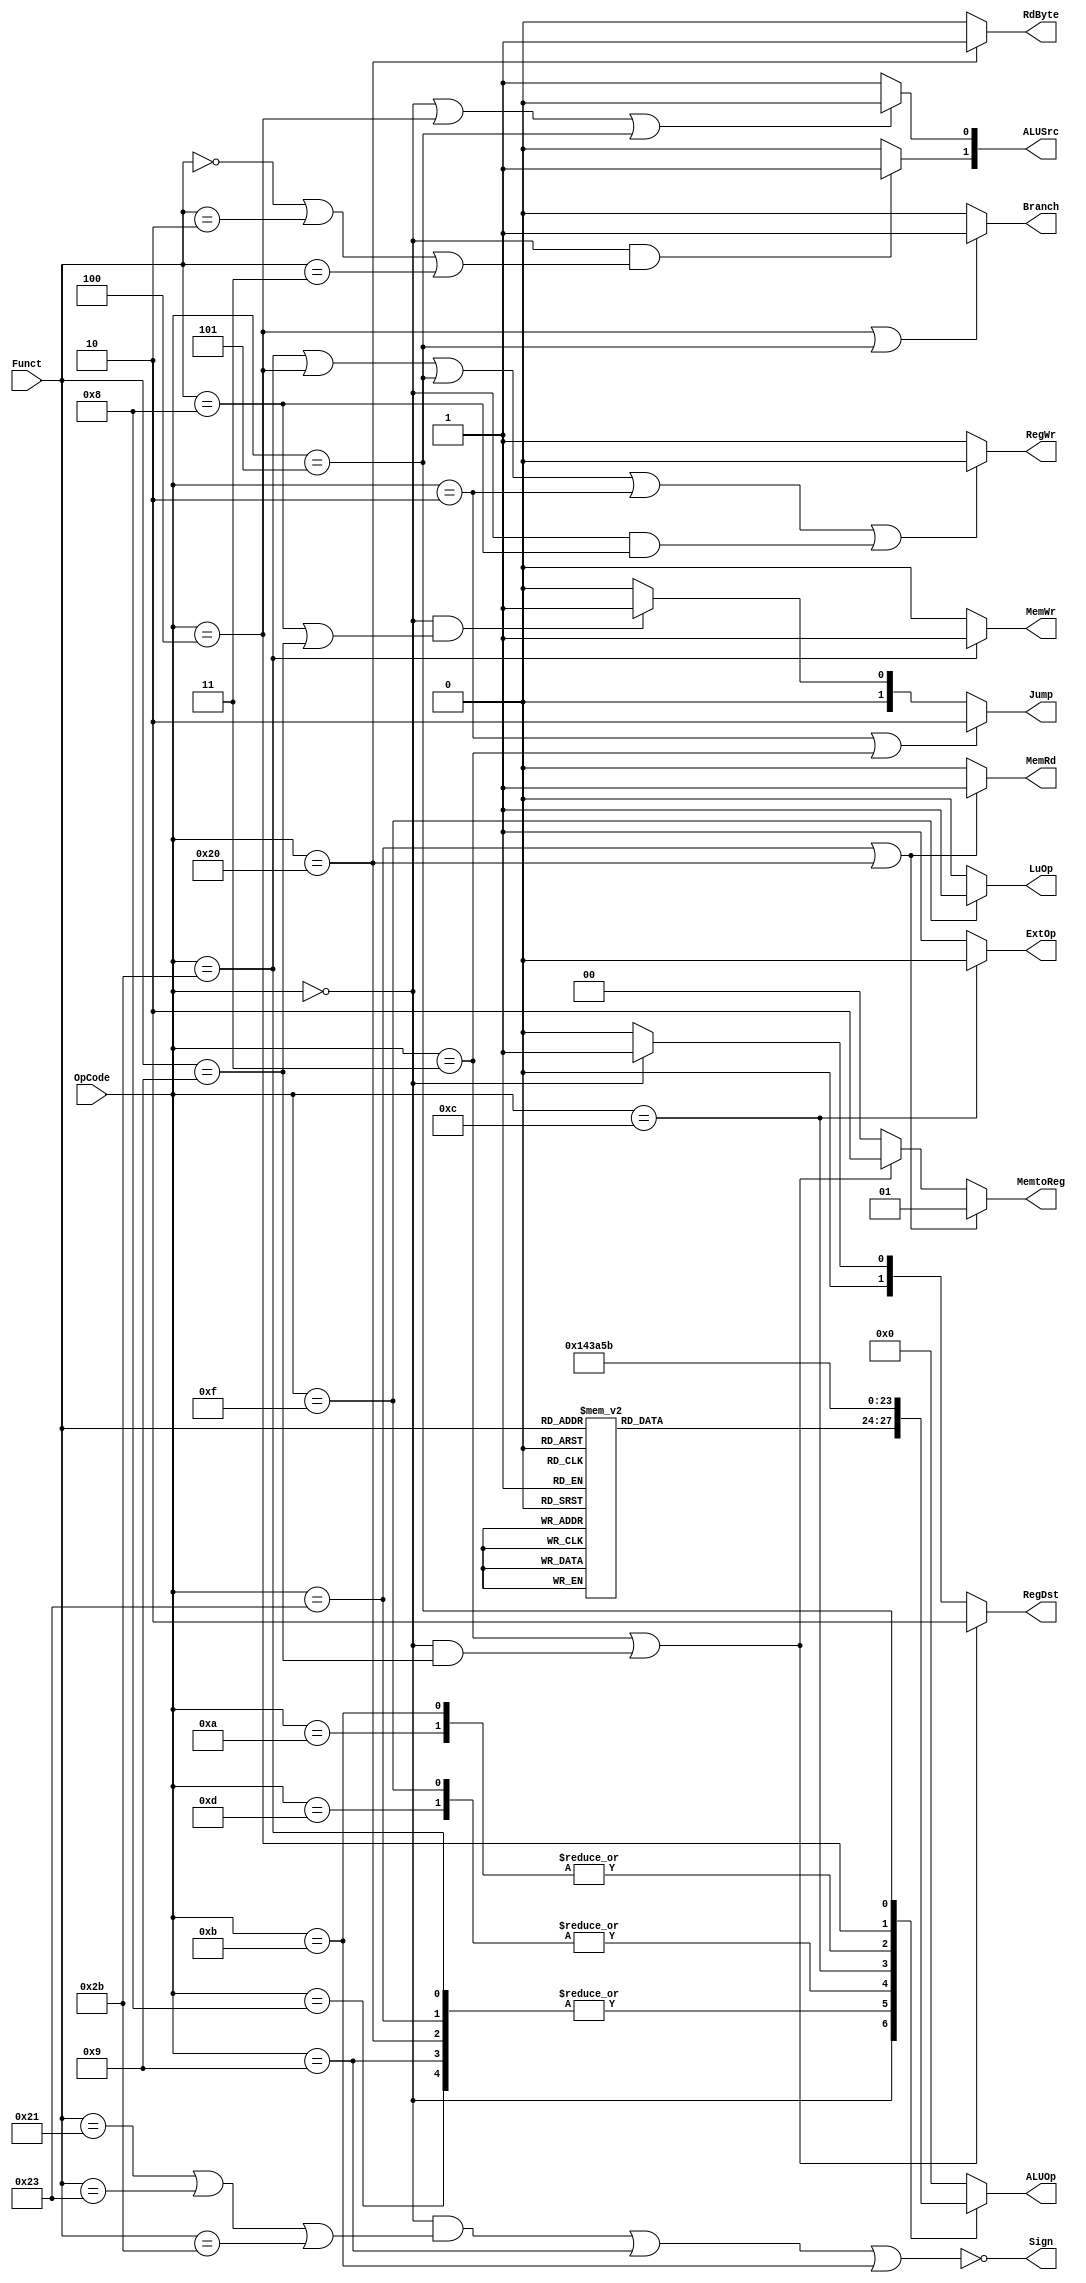
`timescale 1ns / 1ps
//////////////////////////////////////////////////////////////////////////////////
// Company: 
// Engineer: 
// 
// Design Name: 
// Module Name: Control
// Project Name: 
// Target Devices: 
// Tool Versions: 
// Description: 
// 
// Dependencies: 
// 
// Revision:
// Revision 0.01 - File Created
// Additional Comments:
// 
//////////////////////////////////////////////////////////////////////////////////


module Control(OpCode, Funct, 
	Jump, Branch, RegWr, RegDst, 
	MemRd, RdByte, MemWr, MemtoReg, ALUSrc, 
    ExtOp, LuOp, ALUOp, Sign);
	input [5:0] OpCode;
	input [5:0] Funct;
	output [1:0] Jump; // 00-normal 10-j 11-jr
	output Branch; // 1-beq
	output RegWr; // 1-write
	output [1:0] RegDst; // 00-rt 01-rd 10-ra
	output MemRd; // 1-lw
    output RdByte; // if MemRd == 1, 0-lw 1-lb
	output MemWr; // 1-sw
	output [1:0] MemtoReg; // 00-alu 01-mem 10-pc+4
	output [1:0] ALUSrc; // 0:0-B 1-ImmExt // 1:0-A 1-shamt
	output ExtOp; // 1-sign 0-zero
	output LuOp;
    output reg [3:0] ALUOp;
    output Sign;
	
	// Your code below
	assign Jump = (OpCode == 6'h2 || OpCode == 6'h3)? 2'b10:
		(OpCode == 6'h0 && (Funct == 6'h8 || Funct == 6'h9))? 2'b01: 2'b0;
	assign Branch = (OpCode == 6'h4 || OpCode == 6'h5)? 1'b1: 1'b0;
	assign RegWr = (OpCode == 6'h2b || OpCode == 6'h4 || OpCode == 6'h5 || OpCode == 6'h2
		|| (OpCode == 6'b0 && Funct == 6'h8))? 1'b0: 1'b1;
	assign RegDst = (OpCode == 6'h3 || (OpCode == 6'h0 && Funct == 6'h9))? 2'b10:
		(OpCode == 6'h0)? 2'b01: 2'b0;
	assign MemRd = (OpCode == 6'h23 || OpCode == 6'h20)? 1'b1: 1'b0;
    assign RdByte = (OpCode == 6'h20)? 1'b1: 1'b0;
	assign MemWr = (OpCode == 6'h2b)? 1'b1: 1'b0;
	assign MemtoReg = (OpCode == 6'h23 || OpCode == 6'h20)? 2'b01: (OpCode == 6'h3 || (OpCode == 6'h0 && Funct == 6'h9))? 2'b10: 2'b0;
	assign ALUSrc[0] = (OpCode == 6'h0 || OpCode == 6'h4 || OpCode == 6'h5)? 1'b0: 1'b1;
	assign ALUSrc[1] = (OpCode == 6'h0 && (Funct == 6'h0 || Funct == 6'h2 || Funct == 6'h3))? 1'b1: 1'b0;
	assign ExtOp = (OpCode == 6'hc)? 1'b0: 1'b1;
	assign LuOp = (OpCode == 6'hf)? 1'b1: 1'b0;
    always @(*) begin
        case (OpCode)
        6'b0: case(Funct)
            6'h20: ALUOp <= 4'b0001; // add
            6'h21: ALUOp <= 4'b0001; // addu
            6'h22: ALUOp <= 4'b0010; // sub
            6'h23: ALUOp <= 4'b0010; // subu
            6'h24: ALUOp <= 4'b0011; // and
            6'h25: ALUOp <= 4'b0100; // or
            6'h26: ALUOp <= 4'b0101; // xor
            6'h27: ALUOp <= 4'b0110; // nor
            6'h0: ALUOp <= 4'b0111; // sll
            6'h2: ALUOp <= 4'b1000; // srl
            6'h3: ALUOp <= 4'b1001; // sra
            6'h2a: ALUOp <= 4'b1010; // slt
            6'h2b: ALUOp <= 4'b1010; // sltu
            default: ALUOp <= 4'b0;
        endcase
        6'h20: ALUOp <= 4'b0001; // lb
        6'h23: ALUOp <= 4'b0001; // lw
        6'h2b: ALUOp <= 4'b0001; // sw
        6'h08: ALUOp <= 4'b0001; // addi
        6'h09: ALUOp <= 4'b0001; // addiu
        6'hd: ALUOp <= 4'b0100; // ori
        6'hf: ALUOp <= 4'b0100; // lui
        6'hc: ALUOp <= 4'b0011; // andi
        6'ha: ALUOp <= 4'b1010; // slti
        6'hb: ALUOp <= 4'b1010; // sltiu
        6'h4: ALUOp <= 4'b0101; // beq
        6'h5: ALUOp <= 4'b1011; // bne
        default: ALUOp <= 4'b0;
        endcase
    end
    assign Sign = ~(((OpCode == 6'h0) & (Funct == 6'h21 | Funct == 6'h23 | Funct == 6'h2b))
        | OpCode == 6'h9 | OpCode == 6'hb);
	
endmodule